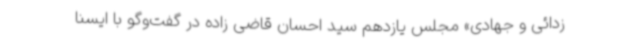
زدائی و جهادی» مجلس یازدهم سید احسان قاضی زاده در گفت‌وگو با ایسنا